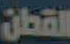
القطن